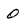
Character: 0